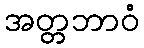
အတ္တဘာဝံ